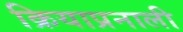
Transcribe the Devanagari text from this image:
क्रियाप्रनाली